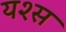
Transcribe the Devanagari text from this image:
यश्स